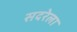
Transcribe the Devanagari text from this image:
सदरेला